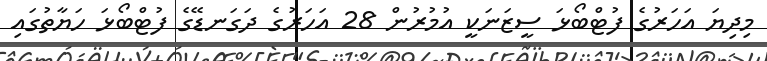
މިދިޔަ އަހަރުގެ ފުޓްބޯޅަ ސީޒަނަކީ އުމުރުން 28 އަހަރުގެ ދަގަނޑޭގެ ފުޓްބޯޅަ ހަޔާތުގައި